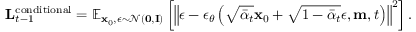
\mathbf { L } _ { t - 1 } ^ { \mathrm { c o n d i t i o n a l } } = \mathbb { E } _ { \mathbf { x } _ { 0 } , \epsilon \sim \mathcal { N } ( \mathbf { 0 } , \mathbf { I } ) } \left[ \left\| \epsilon - \epsilon _ { \theta } \left( \sqrt { \bar { \alpha } _ { t } } \mathbf { x } _ { 0 } + \sqrt { 1 - \bar { \alpha } _ { t } } \epsilon , \mathbf { m } , t \right) \right\| ^ { 2 } \right] .